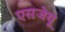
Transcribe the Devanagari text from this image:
एसजेयू